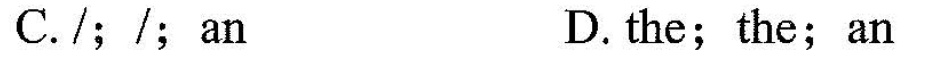
C./;/;an D.the;the;an